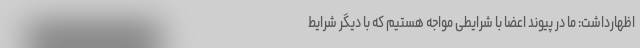
اظهارداشت: ما در پیوند اعضا با شرایطی مواجه هستیم که با دیگر شرایط